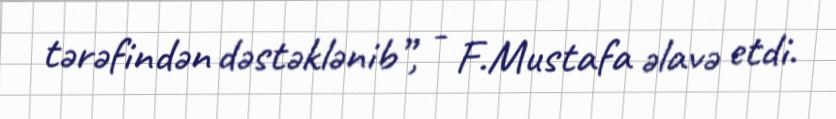
tərəfindən dəstəklənib”, - F.Mustafa əlavə etdi.